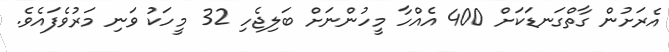
އެރަށުން ގާތްގަނޑަކަށް 400 އެއްހާ މީހުންނަށް ބަލިޖެހި 32 މީހަކު ވަނި މަރުވެފައެވެ.